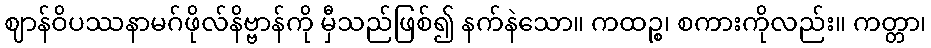
ဈာန်ဝိပဿနာမဂ်ဖိုလ်နိဗ္ဗာန်ကို မှီသည်ဖြစ်၍ နက်နဲသော။ ကထဉ္စ၊ စကားကိုလည်း။ ကတ္တာ၊